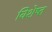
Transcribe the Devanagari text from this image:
विशेष्त